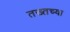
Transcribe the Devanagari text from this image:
तख्तच्या